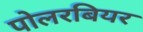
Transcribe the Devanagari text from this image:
पोलरबियर